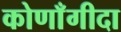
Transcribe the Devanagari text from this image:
कोणाँगीदा